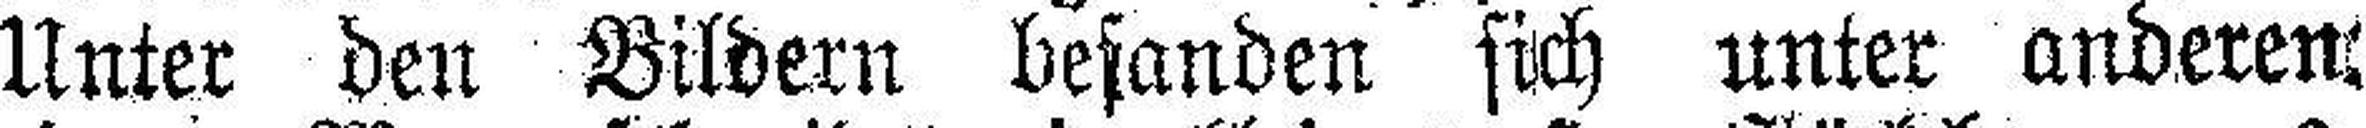
Unter den Bildern befanden sich unter anderen